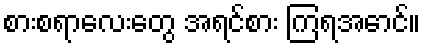
စားစရာလေးတွေ အရင်စား ကြရအောင်။